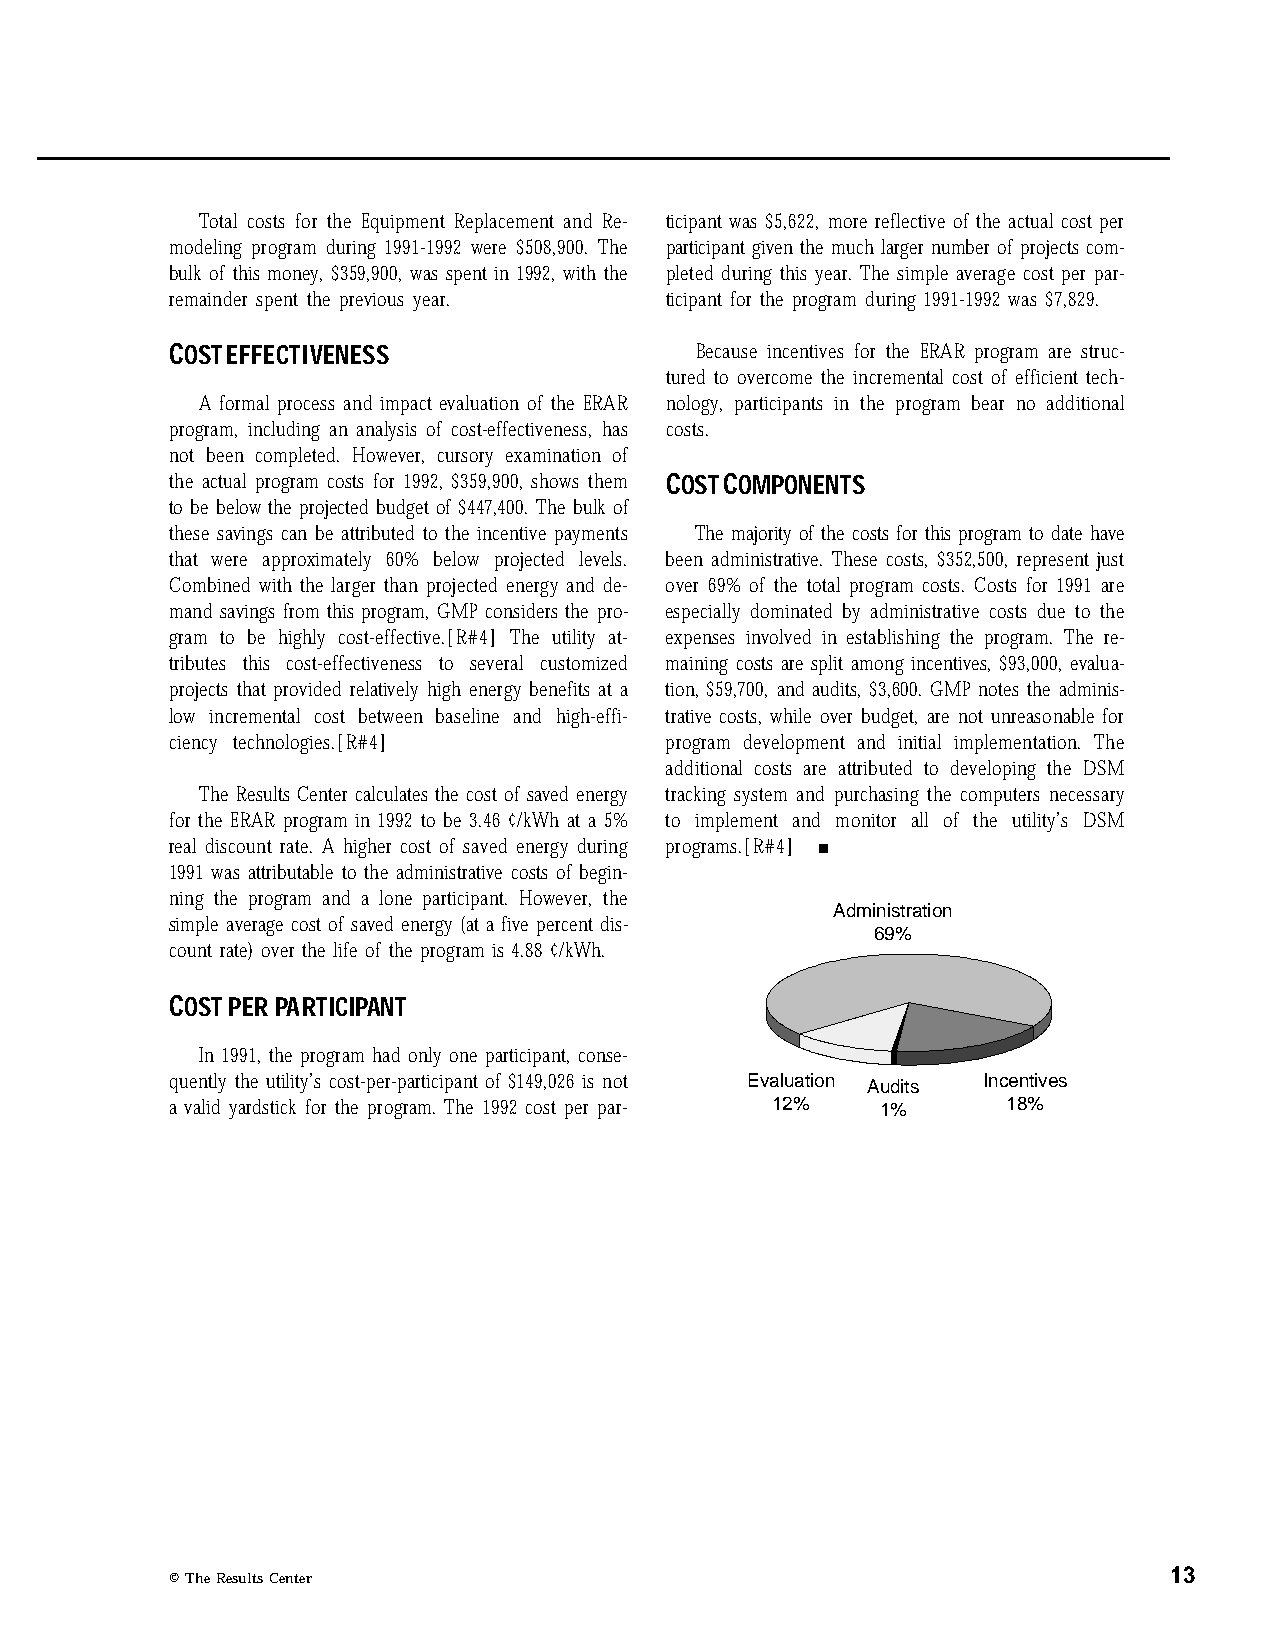
Total costs for the Equipment Replacement and Re- ticipant was $5,622, more reflective of the actual cost per
 modeling program during 1991-1992 were $508,900. The participant given the much larger number of projects com-
 bulk of this money, $359,900, was spent in 1992, with the pleted during this year. The simple average cost per par-
 remainder spent the previous year. ticipant for the program during 1991-1992 was $7,829.
 COST EFFECTIVENESS                 Because incentives for the ERAR program are struc-
 tured to overcome the incremental cost of efficient tech-
 A formal process and impact evaluation of the ERAR nology, participants in the program bear no additional
 program, including an analysis of cost-effectiveness, has costs.
 not been completed. However, cursory examination of
 the actual program costs for 1992, $359,900, shows them COST COMPONENTS
 to be below the projected budget of $447,400. The bulk of
 these savings can be attributed to the incentive payments The majority of the costs for this program to date have
 that were approximately 60% below projected levels. been administrative. These costs, $352,500, represent just
 Combined with the larger than projected energy and de- over 69% of the total program costs. Costs for 1991 are
 mand savings from this program, GMP considers the pro- especially dominated by administrative costs due to the
 gram to be highly cost-effective.[R#4] The utility at- expenses involved in establishing the program. The re-
 tributes this cost-effectiveness to several customized maining costs are split among incentives, $93,000, evalua-
 projects that provided relatively high energy benefits at a tion, $59,700, and audits, $3,600. GMP notes the adminis-
 low incremental cost between baseline and high-effi- trative costs, while over budget, are not unreasonable for
 ciency technologies.[R#4]        program development and initial implementation. The
 additional costs are attributed to developing the DSM
 The Results Center calculates the cost of saved energy tracking system and purchasing the computers necessary
 for the ERAR program in 1992 to be 3.46 ¢/kWh at a 5% to implement and monitor all of the utility’s DSM
 real discount rate. A higher cost of saved energy during programs.[R#4] n
 1991 was attributable to the administrative costs of begin-
 ning the program and a lone participant. However, the
 Administration
 simple average cost of saved energy (at a five percent dis-
 69%
 count rate) over the life of the program is 4.88 ¢/kWh.
 COST PER PARTICIPANT
 In 1991, the program had only one participant, conse-
 quently the utility’s cost-per-participant of $149,026 is not Evaluation Audits Incentives
 a valid yardstick for the program. The 1992 cost per par- 12% 1% 18%
 13
 © The Results Center